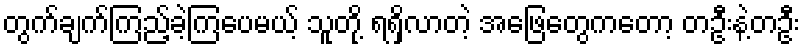
တွက်ချက်ကြည့်ခဲ့ကြပေမယ့် သူတို့ ရရှိလာတဲ့ အဖြေတွေကတော့ တဦးနဲ့တဦး